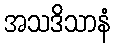
အသဒိသာနံ